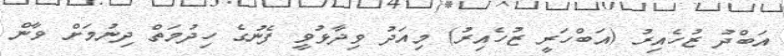
އަބްދު ޒުހެއިރު (އަބްހަރީ ޒުހެއިރު) މިއަދު ވިދާޅުވީ ފެނުގެ ހިދުމަތް ދިނުމަށް ވާން